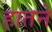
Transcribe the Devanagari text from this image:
हातने